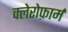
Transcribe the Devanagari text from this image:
क्लेरोफ़ार्म